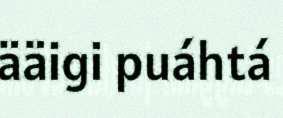
ääigi puáhtá